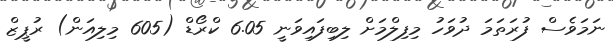
ނަމަވެސް ފުރަތަމަ ދުވަހު މިފިލްމަށް ލިބިފައިވަނީ 6.05 ކްރޯޑް (605 މިލިއަން) ރުޕީޒް